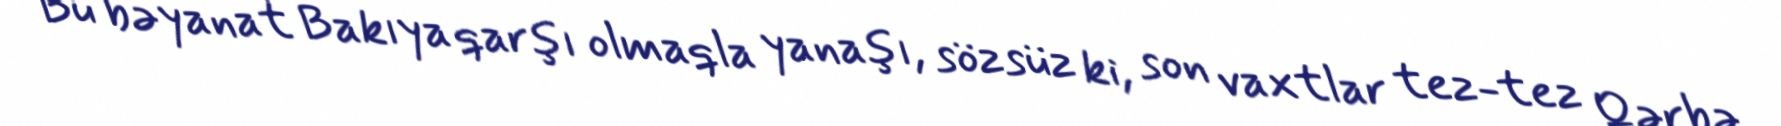
Bu bəyanat Bakıya qarşı olmaqla yanaşı, sözsüz ki, son vaxtlar tez-tez Qərbə